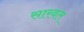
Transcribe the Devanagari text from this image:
सारवल